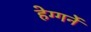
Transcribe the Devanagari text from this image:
हेग्गर्ने